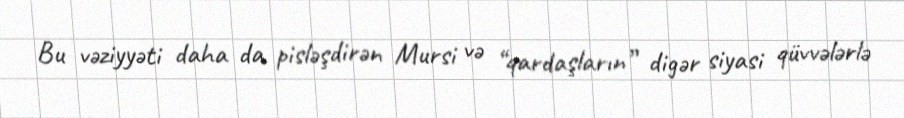
Bu vəziyyəti daha da pisləşdirən Mursi və “qardaşların” digər siyasi qüvvələrlə